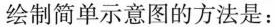
绘制简单示意图的方法是：